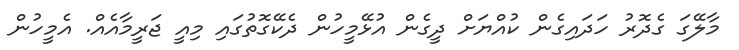
މާލޭގަ ގެދޮރު ހަދައިގެން ކުއްޔަށް ދީގެން އުޅޭމީހުން ދެކޭގޮތުގައި މިއީ ޖަރީމާއެއް. އެމީހުން